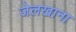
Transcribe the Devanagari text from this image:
जेलखाना